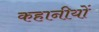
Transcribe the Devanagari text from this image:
कहानीयों